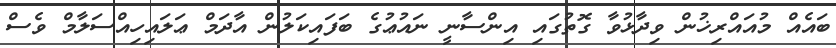
ބައެއް މުއައްރިޚުން ވިދާޅުވާ ގޮތުގައި އިންސާނީ ނައުޢުގެ ބަފައިކަލުން އާދަމް ޢަލައިހިއްސަލާމް ވެސް